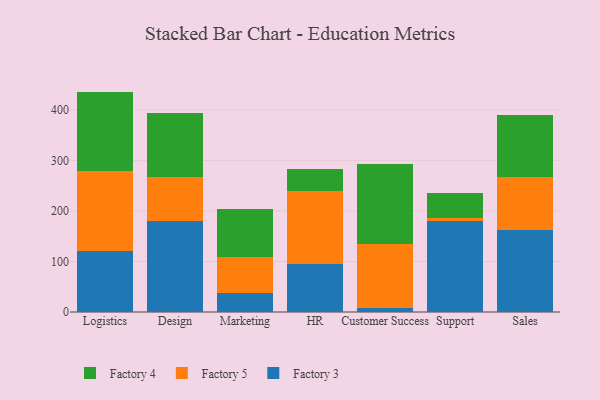
{"axis": {"x": "Department", "y": "Shipments"}, "legend": ["Factory 3", "Factory 4", "Factory 5"], "data": [{"x": "Logistics", "y": 120.4, "type": "Factory 3"}, {"x": "Logistics", "y": 158.7, "type": "Factory 5"}, {"x": "Logistics", "y": 156.9, "type": "Factory 4"}, {"x": "Design", "y": 179.4, "type": "Factory 3"}, {"x": "Design", "y": 88.2, "type": "Factory 5"}, {"x": "Design", "y": 125.2, "type": "Factory 4"}, {"x": "Marketing", "y": 37.3, "type": "Factory 3"}, {"x": "Marketing", "y": 72.4, "type": "Factory 5"}, {"x": "Marketing", "y": 94.2, "type": "Factory 4"}, {"x": "HR", "y": 95.7, "type": "Factory 3"}, {"x": "HR", "y": 143.8, "type": "Factory 5"}, {"x": "HR", "y": 43.9, "type": "Factory 4"}, {"x": "Customer Success", "y": 7.5, "type": "Factory 3"}, {"x": "Customer Success", "y": 126.6, "type": "Factory 5"}, {"x": "Customer Success", "y": 157.7, "type": "Factory 4"}, {"x": "Support", "y": 180.0, "type": "Factory 3"}, {"x": "Support", "y": 6.5, "type": "Factory 5"}, {"x": "Support", "y": 49.9, "type": "Factory 4"}, {"x": "Sales", "y": 162.4, "type": "Factory 3"}, {"x": "Sales", "y": 105.4, "type": "Factory 5"}, {"x": "Sales", "y": 122.0, "type": "Factory 4"}]}